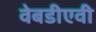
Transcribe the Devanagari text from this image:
वेबडीएवी